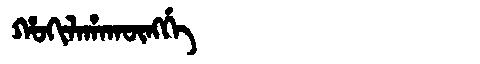
Manchu: ᡥᠣᡴᡳᠯᠠᡥᠠᡴᡡᠩᡤᡝ
Romanization: HOKILAHAKŪNGGE